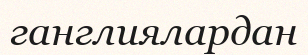
ганглиялардан